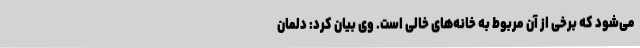
می‌شود که برخی از آن مربوط به خانه‌های خالی است. وی بیان کرد: دلمان